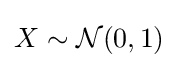
X\sim {\mathcal {N}}(0,1)